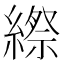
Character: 縩